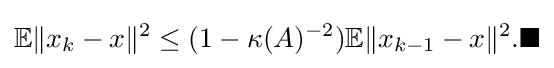
\mathbb {E} \|x_{k}-x\|^{2}\leq (1-\kappa (A)^{-2})\mathbb {E} {\|x_{k-1}-x\|^{2}}.\blacksquare